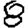
Digit: 8